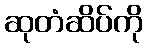
ဆုတံဆိပ်ကို